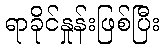
ရာခိုင်နှုန်းဖြစ်ပြီး